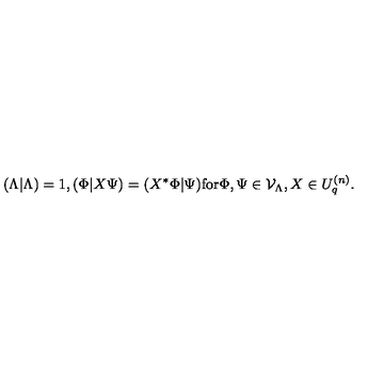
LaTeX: ( \Lambda \vert \Lambda ) = 1 , ( \Phi \vert X \Psi ) = ( X ^ { * } \Phi \vert \Psi ) \mathrm { f o r } \Phi , \Psi \in { \cal V } _ { \Lambda } , X \in U _ { q } ^ { ( n ) } .